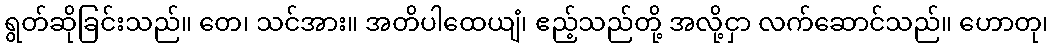
ရွတ်ဆိုခြင်းသည်။ တေ၊ သင်အား။ အတိပါထေယျံ၊ ဧည့်သည်တို့ အလို့ငှာ လက်ဆောင်သည်။ ဟောတု၊